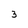
Character: 3